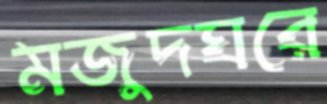
মজুদঘরে